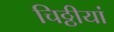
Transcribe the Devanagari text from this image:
चिठ्ठीयां